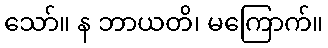
သော်။ န ဘာယတိ၊ မကြောက်။